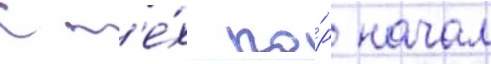
С т'е́х по́р начал